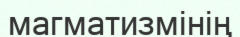
магматизмінің